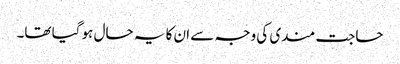
حاجت مندی کی وجہ سے ان کا یہ حال ہو گیا تھا۔